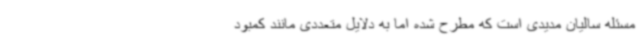
مسئله سالیان مدیدی است که مطرح شده اما به دلایل متعددی مانند کمبود